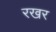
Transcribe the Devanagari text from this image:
रखर